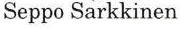
Seppo Sarkkinen